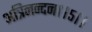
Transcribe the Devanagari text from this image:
अत्रिनन्‍दन।।५।।